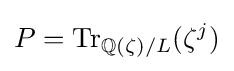
P=\operatorname {Tr} _{\mathbb {Q} (\zeta )/L}(\zeta ^{j})